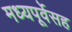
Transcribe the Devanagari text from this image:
मध्यपूर्वेसह